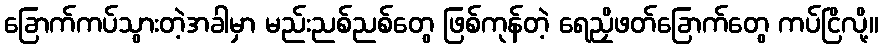
ခြောက်ကပ်သွားတဲ့အခါမှာ မည်းညစ်ညစ်တွေ ဖြစ်ကုန်တဲ့ ရေညှိဖတ်ခြောက်တွေ ကပ်ငြိလို့။